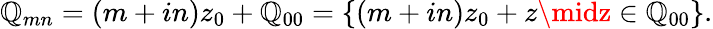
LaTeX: \mathbb{Q}_{mn}=(m+in)z_{0}+\mathbb{Q}_{00}=\left\{ (m+in)z_{0}+z\midz\in\mathbb{Q}_{00}\right\} .